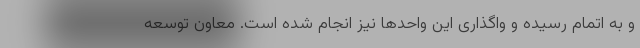
و به اتمام رسیده و واگذاری این واحدها نیز انجام شده است. معاون توسعه